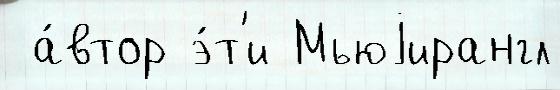
 а́втор э́т'и Мьюjирангл